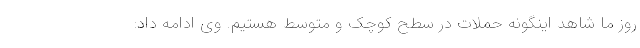
روز ما شاهد اینگونه حملات در سطح کوچک و متوسط هستیم. وی ادامه داد: